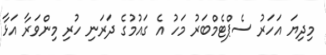
މިދިޔަ އަހަރު ސެޕްޓެމްބަރު މަހު އެ ގައުމުގެ ދަރަނި ހުރި މިންވަރާ އަޅާ